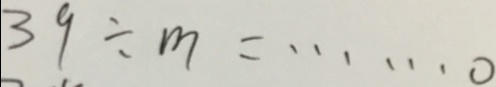
3 9 \div m = \cdots 0